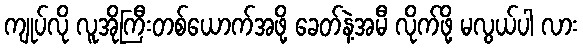
ကျုပ်လို လူအိုကြီးတစ်ယောက်အဖို့ ခေတ်နဲ့အမီ လိုက်ဖို့ မလွယ်ပါ လား